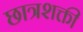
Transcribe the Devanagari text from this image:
छात्रशक्ती